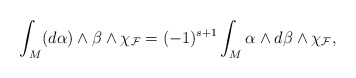
\begin{align*}\int_M(d\alpha)\wedge \beta\wedge \chi_{\mathcal{F}}=(-1)^{s+1}\int_M \alpha\wedge d\beta\wedge \chi_{\mathcal{F}},\end{align*}